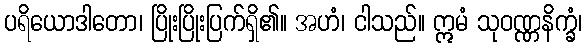
ပရိယောဒါတော၊ ပြိုးပြိုးပြက်ရှိ၏။ အဟံ၊ ငါသည်။ ဣမံ သုဝဏ္ဏနိက္ခံ၊